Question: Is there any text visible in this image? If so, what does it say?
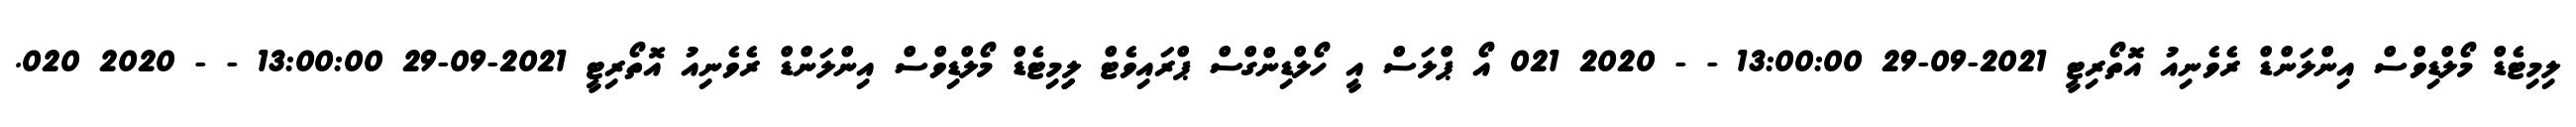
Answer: ލިމިޓެޑް މޯލްޑިވްސް އިންލަންޑް ރެވެނިއު އޮތޯރިޓީ 2021-09-29 13:00:00 - - 2020 021 އޯ ޕްލަސް އީ ހޯލްޑިންގްސް ޕްރައިވެޓް ލިިިމިޓެޑް މޯލްޑިވްސް އިންލަންޑް ރެވެނިއު އޮތޯރިޓީ 2021-09-29 13:00:00 - - 2020 020.